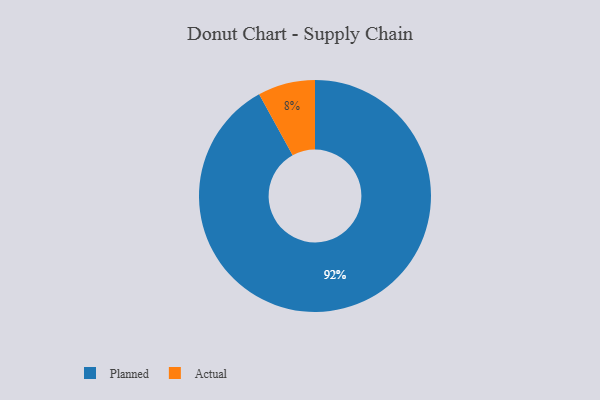
{"axis": {"x": "Category", "y": "Percentage"}, "legend": ["Actual", "Planned"], "data": [{"x": "Actual", "y": 8, "type": "Actual"}, {"x": "Planned", "y": 92, "type": "Planned"}]}